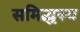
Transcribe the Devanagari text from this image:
समिद्धस्य